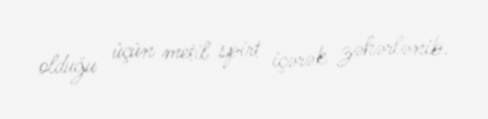
olduğu üçün metil spirt içərək zəhərlənib.